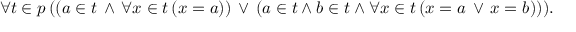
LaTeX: \forall t \in p \, ( ( a \in t \, \land \, \forall x \in t \, ( x = a ) ) \, \lor \, ( a \in t \land b \in t \land \forall x \in t \, ( x = a \, \lor \, x = b ) ) ) .